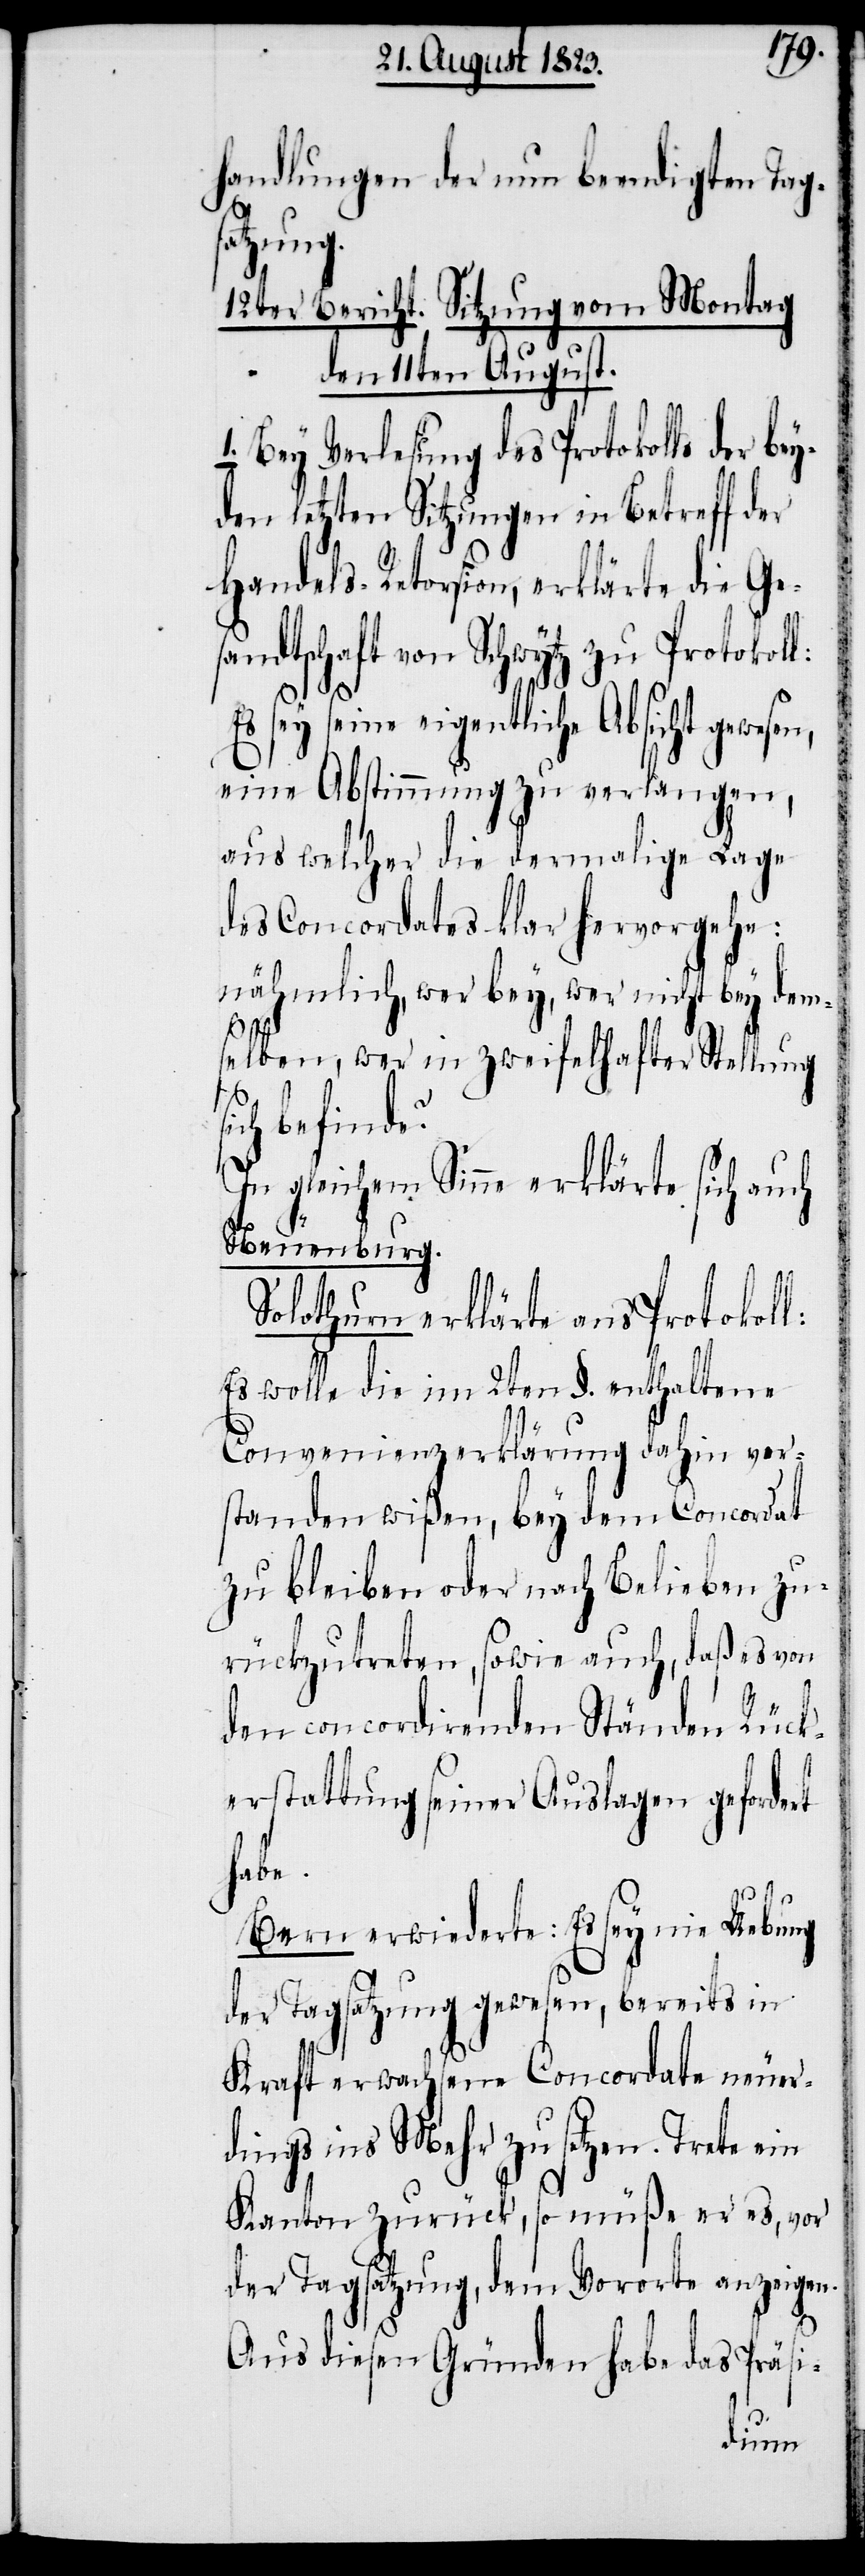
handlungen der nun beendigten Tags¬
sen,
12ter Bericht. Sitzung vom Montag
den 11ten August.
1. Bey Verlesung des Protokolls der be¬
yden letzten Sitzungen in Betreff der
Handels-Retorsion, erklärte die Ge¬
sandtschaft von Schwytz zu Protokoll:
sey seine eigentliche Absicht gewe¬
eine Abstimmung zu verlangen,
aus welcher die dermalige Lage
des Concordates klar hervorgehe:
nähmlich, wer bey, wer nicht bey dem¬
selben, wer in zweifelhafter Stellung s¬
ich befinde?
In gleichem Sinne erklärte sich auch
Neuenburg.
Solothurn erklärte ans Protokoll:
Es wolle die im 2ten §. enthaltene
Convenienzerklärung dahin ver¬
standen wißen, bey dem Concordat
zu bleiben oder nach Belieben zu¬
rückzutreten, sowie auch, daß es von
den concordirenden Ständen Rück¬
erstattung seiner Auslagen gefordert
habe.
Bern erwiederte: Es sey nie Uebung
der Tagsatzung gewesen, bereits in
Kraft erwachsene Concordate neuer¬
dings ins Mehr zu setzen. Trete ein
Kanton zurück, so müße er es, vor
der Tagsatzung, dem Vororte anzeigen.
Aus diesen Gründen habe das Präsi-